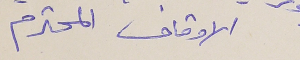
الاوقاف المحترم .